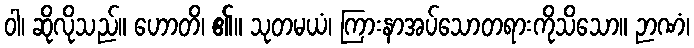
ဝါ၊ ဆိုလိုသည်။ ဟောတိ၊ ၏။ သုတမယံ၊ ကြားနာအပ်သောတရားကိုသိသော။ ဉာဏံ၊